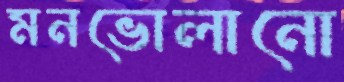
মনভোলানো